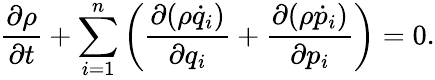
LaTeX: {\frac{\partial\rho}{\partial t}}+\sum_{i=1}^{n}\left({\frac{\partial(\rho{\dot{q}}_{i})}{\partial q_{i}}}+{\frac{\partial(\rho{\dot{p}}_{i})}{\partial p_{i}}}\right)=0.